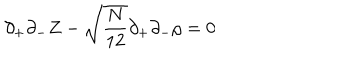
\partial _ { + } \partial _ { - } Z - \sqrt { \frac { N } { 1 2 } } \partial _ { + } \partial _ { - } \rho = 0